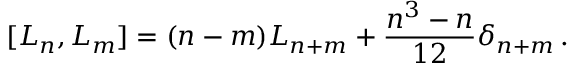
[ L _ { n } , L _ { m } ] = ( n - m ) L _ { n + m } + \frac { n ^ { 3 } - n } { 1 2 } \delta _ { n + m } \, .